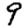
Digit: 9